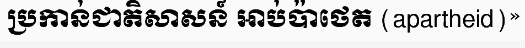
ប្រកាន់ជាតិសាសន៍ អាប់ប៉ាថេត (apartheid)»